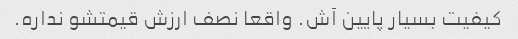
کیفیت بسیار پایین آش. واقعا نصف ارزش قیمتشو نداره.